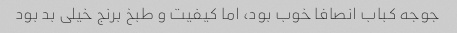
جوجه کباب انصافا خوب بود، اما کیفیت و طبخ برنج خیلی بد بود